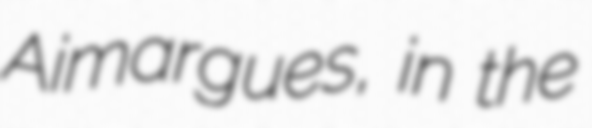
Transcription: Aimargues, in the